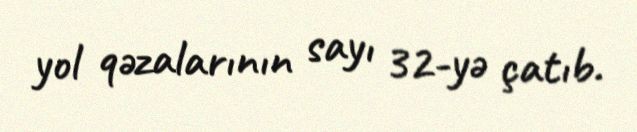
yol qəzalarının sayı 32-yə çatıb.